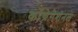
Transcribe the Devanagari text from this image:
कोंग्रेगेशनल